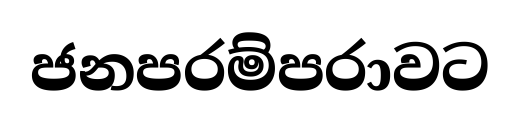
ජනපරම්පරාවට